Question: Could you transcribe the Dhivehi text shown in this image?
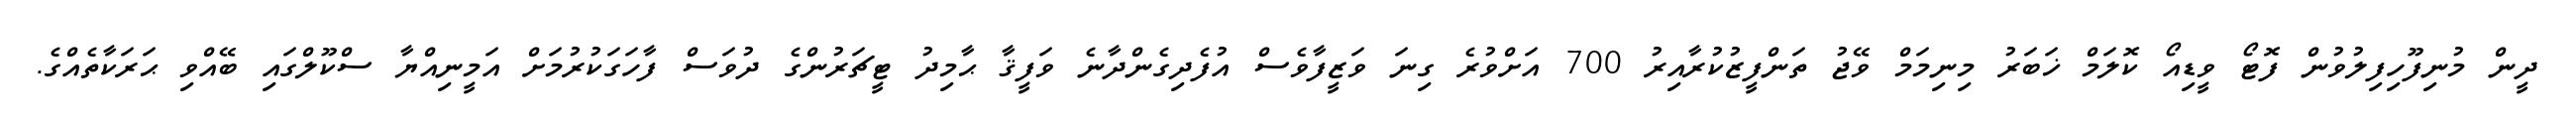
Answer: ދީން މުނިފޫހިފިލުވުން ފޮޓޯ ވީޑިއޯ ކޮލަމް ޚަބަރު މިނިމަމް ވޭޖު ތަންފީޒުކުރާއިރު 700 އަށްވުރެ ގިނަ ވަޒީފާވެސް އުފެދިގެންދާނެ ވަފީޤާ ޙާމިދު ޓީޗަރުންގެ ދުވަސް ފާހަގަކުރުމަށް އަމީނިއްޔާ ސްކޫލްގައި ބޭއްވި ޙަރަކާތެއްގެ.